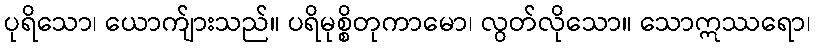
ပုရိသော၊ ယောက်ျားသည်။ ပရိမုစ္စိတုကာမော၊ လွတ်လိုသော။ သောဣဿရော၊